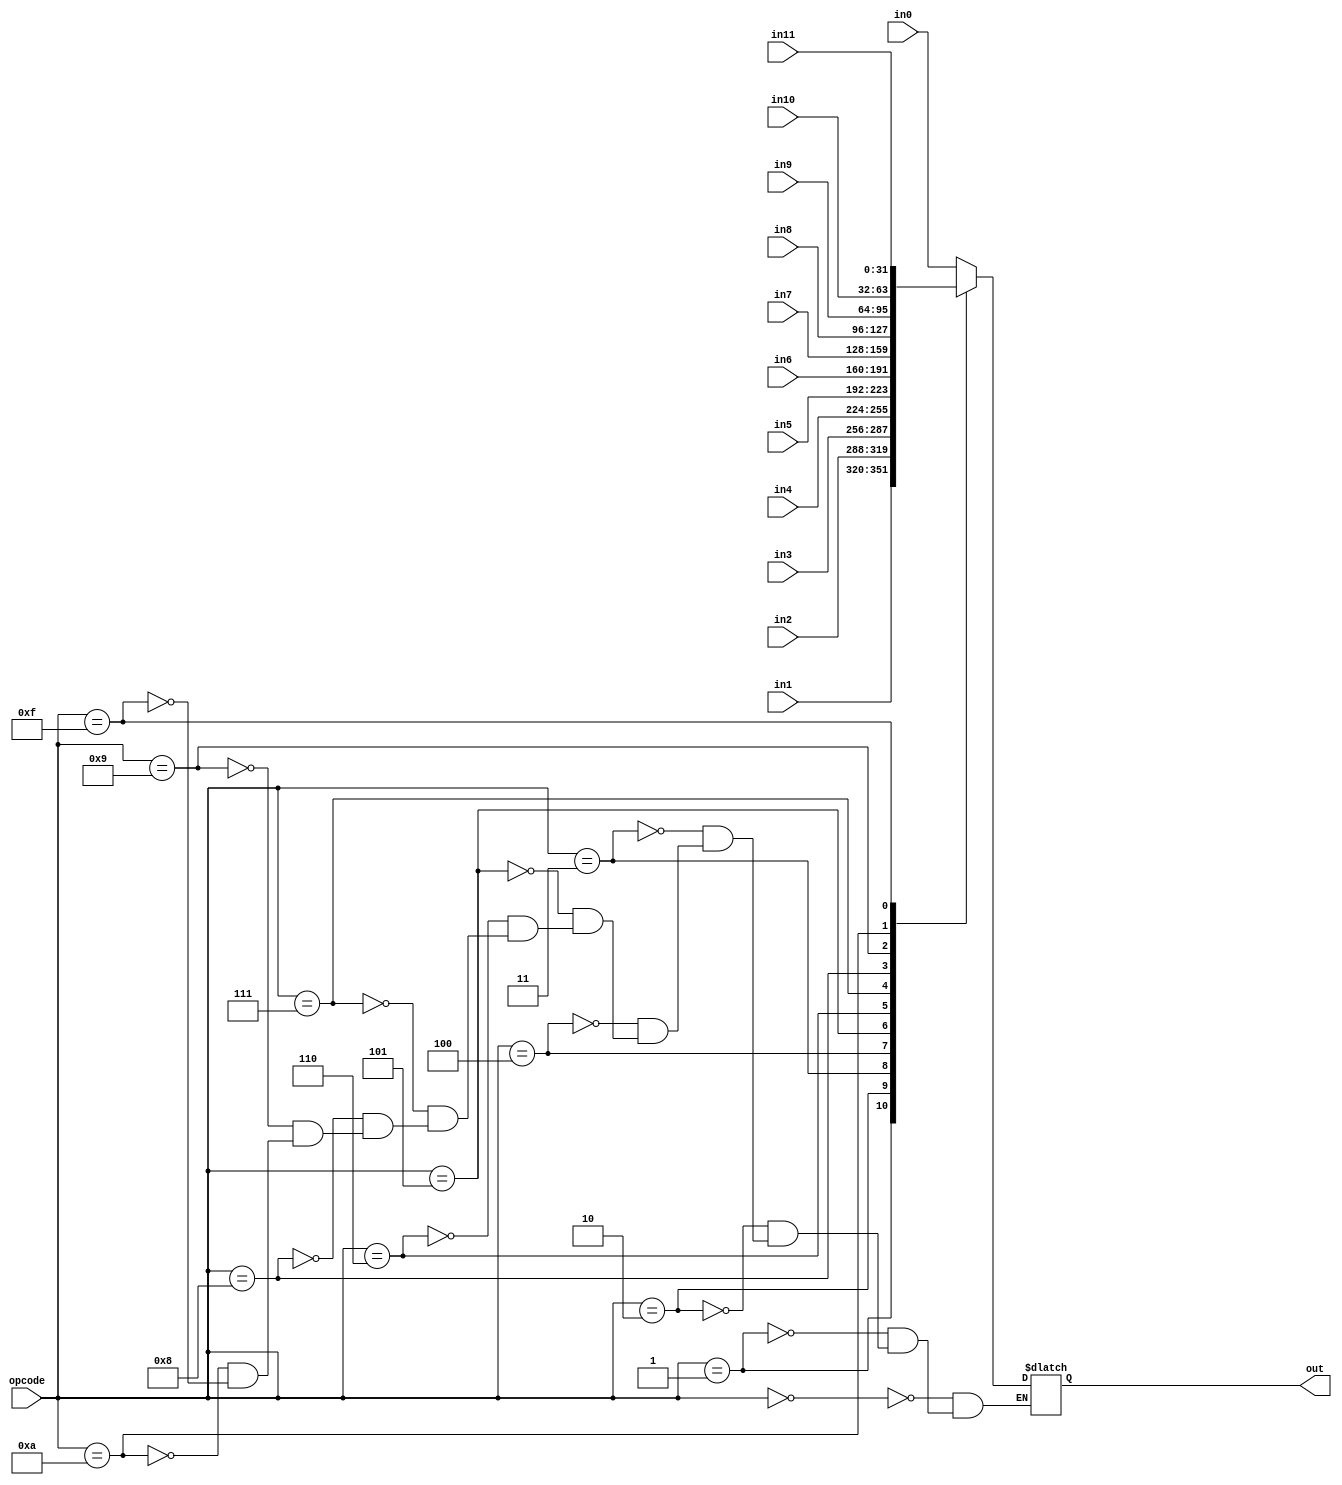
module alu_mux_12_in_output_value(opcode, out, in0, in1, in2, in3, in4, in5, in6, in7, in8, in9, in10, in11);

input [3:0] opcode;
input [31:0] in0, in1, in2, in3, in4, in5, in6, in7, in8, in9, in10, in11;

output reg [31:0] out;

always @ (*)
begin

case( opcode)

4'b0000: out = in0;
4'b0001: out = in1;
4'b0010: out = in2;
4'b0011: out = in3;
4'b0100: out = in4;
4'b0101: out = in5;
4'b0110: out = in6;
4'b0111: out = in7;
4'b1000: out = in8;
4'b1001: out = in9;
4'b1010: out = in10;
4'b1111: out = in11;

endcase
end
endmodule